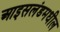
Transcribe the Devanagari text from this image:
आइसलंडमधील